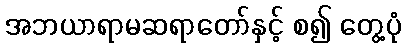
အဘယာရာမဆရာတော်နှင့် စ၍ တွေ့ပုံ